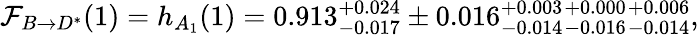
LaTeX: {\cal F}_{B\to D^{*}}(1)=h_{A_{1}}(1)=0.913{}_{-0.017}^{+0.024}\pm 0.016{}_{-0.014}^{+0.003}{}_{-0.016}^{+0.000}{}_{-0.014}^{+0.006},